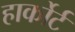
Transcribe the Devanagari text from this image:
हार्कोर्ट